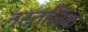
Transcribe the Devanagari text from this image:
नस्तलिक़